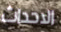
الاحداث